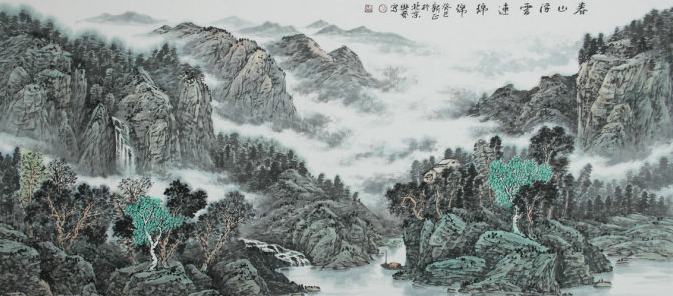
行人无限秋风思，隔水青山似故乡。